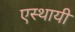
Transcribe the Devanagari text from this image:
एस्थायी